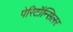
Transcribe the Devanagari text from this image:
पेरिटॉन्सिलर